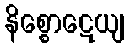
နိစ္စောဋေယျ